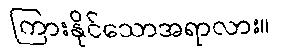
ကြားနိုင်သောအရာလား။